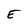
Character: E